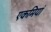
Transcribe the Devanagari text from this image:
एकमियां